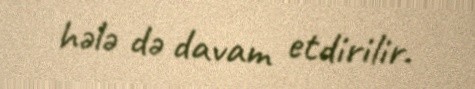
hələ də davam etdirilir.